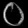
Digit: ၀